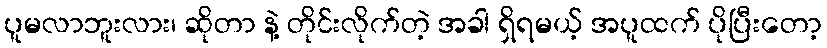
ပူမလာဘူးလား၊ ဆိုတာ နဲ့ တိုင်းလိုက်တဲ့ အခါ ရှိရမယ့် အပူထက် ပိုပြီးတော့